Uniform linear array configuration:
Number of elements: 64
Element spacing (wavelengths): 0.25
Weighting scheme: hann
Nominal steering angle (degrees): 45
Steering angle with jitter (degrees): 44.407
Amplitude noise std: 0.05
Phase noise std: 0.05

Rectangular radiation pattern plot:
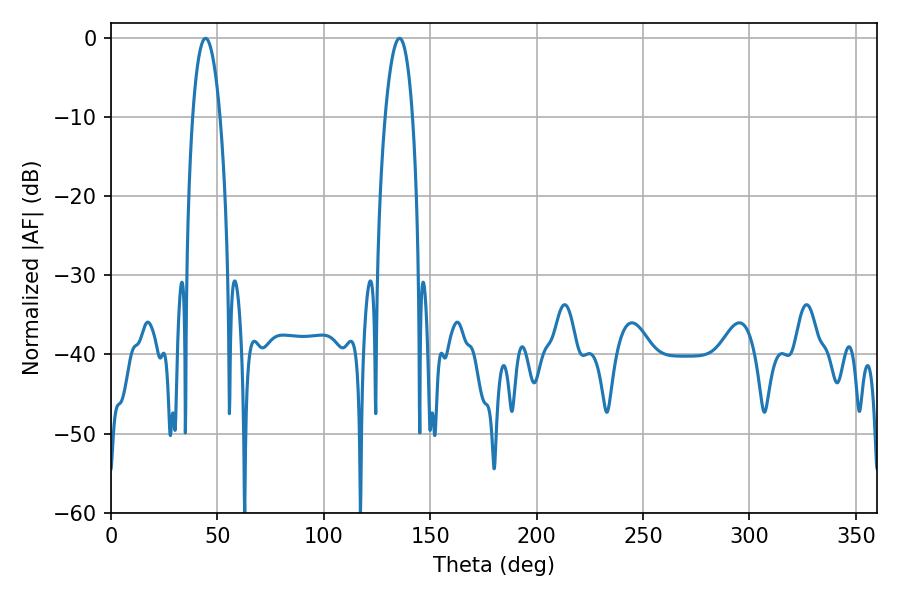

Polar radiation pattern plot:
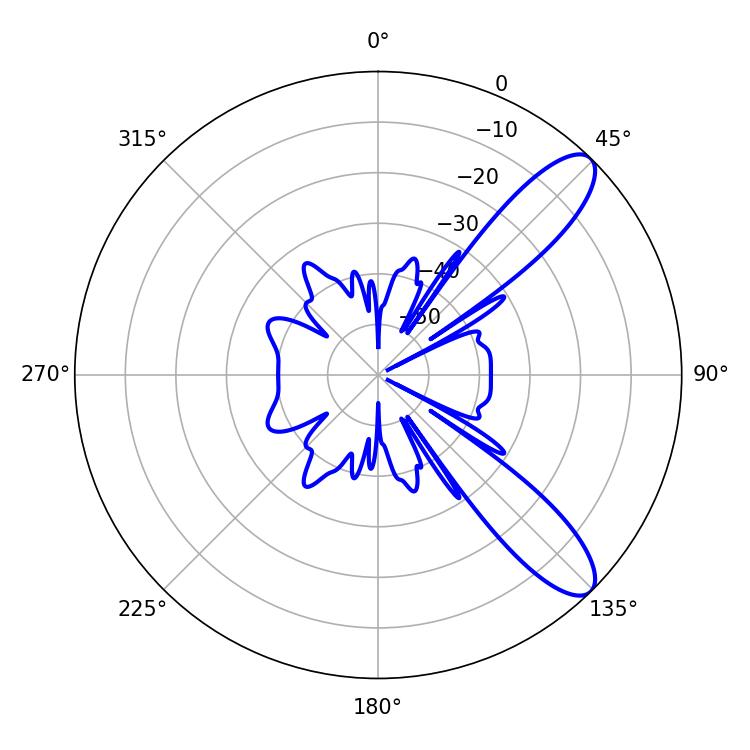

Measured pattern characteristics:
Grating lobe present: FALSE
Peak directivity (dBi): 10.273
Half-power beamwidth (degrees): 7.02
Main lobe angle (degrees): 44.46